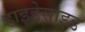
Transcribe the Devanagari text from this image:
हाइड्रेसाइड